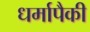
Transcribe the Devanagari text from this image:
धर्मापैकी